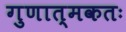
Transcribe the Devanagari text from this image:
गुणात्मकतः